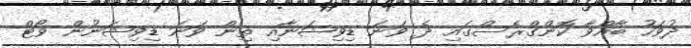
ދުވަހު ބާއްވާ ކޮންގްރެސްގައި ދެ ވަނަ ޑިވިޝަނާއި ތިން ވަނަ ޑިވިޝަނުން ވޯޓް